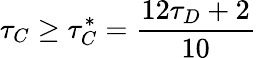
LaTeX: \tau_{C}\geq\tau_{C}^{*}=\frac{12\tau_{D}+2}{10}